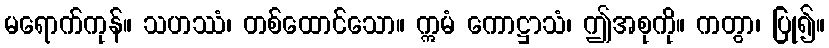
မရောက်ကုန်။ သဟဿံ၊ တစ်ထောင်သော။ ဣမံ ကောဋ္ဌာသံ၊ ဤအစုကို။ ကတွာ၊ ပြု၍။